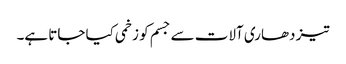
تیز دھاری آلات سے جسم کو زخمی کیا جاتا ہے۔